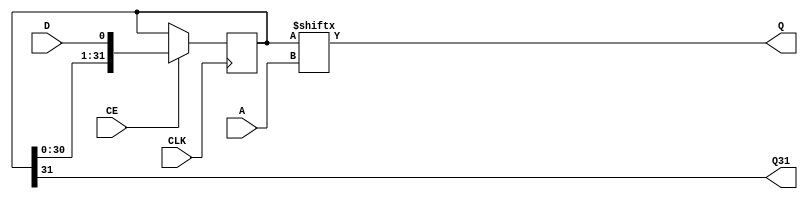
module SRLC32E (
  output Q,
  output Q31,
  input [4:0] A,
  input CE,
  (* clkbuf_sink *)
  (* invertible_pin = "IS_CLK_INVERTED" *)
  input CLK,
  input D
);
  parameter [31:0] INIT = 32'h00000000;
  parameter [0:0] IS_CLK_INVERTED = 1'b0;
  reg [31:0] r = INIT;
  assign Q31 = r[31];
  assign Q = r[A];
  generate
    if (IS_CLK_INVERTED) begin
      always @(negedge CLK) if (CE) r <= { r[30:0], D };
    end
    else
      always @(posedge CLK) if (CE) r <= { r[30:0], D };
  endgenerate
  specify
    // Max delay from: https://github.com/SymbiFlow/prjxray-db/blob/34ea6eb08a63d21ec16264ad37a0a7b142ff6031/artix7/timings/CLBLM_R.sdf#L912
    $setup(D , posedge CLK &&& !IS_CLK_INVERTED, 173);
    $setup(D , negedge CLK &&&  IS_CLK_INVERTED, 173);
    // https://github.com/SymbiFlow/prjxray-db/blob/23c8b0851f979f0799318eaca90174413a46b257/artix7/timings/slicel.sdf#L248
    $setup(CE, posedge CLK &&& !IS_CLK_INVERTED, 109);
    $setup(CE, negedge CLK &&&  IS_CLK_INVERTED, 109);
    // Max delay from: https://github.com/SymbiFlow/prjxray-db/blob/34ea6eb08a63d21ec16264ad37a0a7b142ff6031/artix7/timings/CLBLM_R.sdf#L905
    if (!IS_CLK_INVERTED && CE) (posedge CLK => (Q : 1'bx)) = 1472;
    if ( IS_CLK_INVERTED && CE) (negedge CLK => (Q : 1'bx)) = 1472;
    // Max delay from: https://github.com/SymbiFlow/prjxray-db/blob/34ea6eb08a63d21ec16264ad37a0a7b142ff6031/artix7/timings/CLBLM_R.sdf#L904
    if (!IS_CLK_INVERTED && CE) (posedge CLK => (Q31 : 1'bx)) = 1114;
    if ( IS_CLK_INVERTED && CE) (negedge CLK => (Q31 : 1'bx)) = 1114;
    (A[0] => Q) = 642;
    (A[1] => Q) = 631;
    (A[2] => Q) = 472;
    (A[3] => Q) = 407;
    (A[4] => Q) = 238;
  endspecify
endmodule